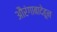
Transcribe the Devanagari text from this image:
औरंगाबादेहून